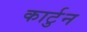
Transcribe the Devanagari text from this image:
कार्टुन